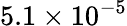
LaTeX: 5.1\times 10^{-5}